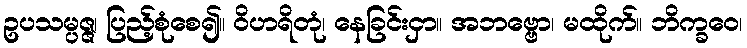
ဥပသမ္ပဇ္ဇ၊ ပြည့်စုံစေ၍။ ဝိဟရိတုံ၊ နေခြင်းငှာ။ အဘဗ္ဗော၊ မထိုက်။ ဘိက္ခဝေ၊